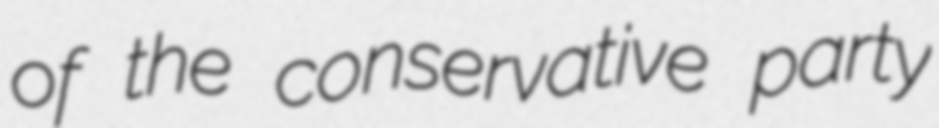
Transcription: of the conservative party